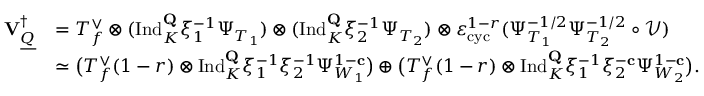
\begin{array} { r l } { { \mathbf { V } _ { \underline { { Q } } } ^ { \dagger } } } & { = T _ { f } ^ { \vee } \otimes ( \mathrm { I n d } _ { K } ^ { \mathbf { Q } } \xi _ { 1 } ^ { - 1 } \Psi _ { T _ { 1 } } ) \otimes ( \mathrm { I n d } _ { K } ^ { \mathbf { Q } } \xi _ { 2 } ^ { - 1 } \Psi _ { T _ { 2 } } ) \otimes \varepsilon _ { \mathrm { c y c } } ^ { 1 - r } ( \Psi _ { T _ { 1 } } ^ { - 1 / 2 } \Psi _ { T _ { 2 } } ^ { - 1 / 2 } \circ \mathscr { V } ) } \\ & { \simeq \bigl ( T _ { f } ^ { \vee } ( 1 - r ) \otimes \mathrm { I n d } _ { K } ^ { \mathbf { Q } } \xi _ { 1 } ^ { - 1 } \xi _ { 2 } ^ { - 1 } \Psi _ { W _ { 1 } } ^ { 1 - \mathbf { c } } \bigr ) \oplus \bigl ( T _ { f } ^ { \vee } ( 1 - r ) \otimes \mathrm { I n d } _ { K } ^ { \mathbf { Q } } \xi _ { 1 } ^ { - 1 } \xi _ { 2 } ^ { - \mathbf { c } } \Psi _ { W _ { 2 } } ^ { 1 - \mathbf { c } } \bigr ) . } \end{array}